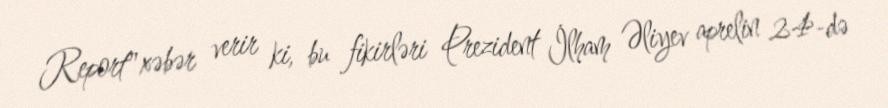
Report" xəbər verir ki, bu fikirləri Prezident İlham Əliyev aprelin 24-də